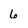
Character: 6